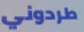
طردوني